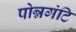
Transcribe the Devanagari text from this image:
पोन्नगंटि